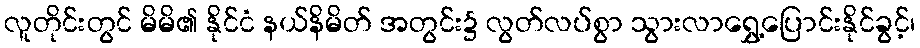
လူတိုင်းတွင် မိမိ၏ နိုင်ငံ နယ်နိမိတ် အတွင်း၌ လွတ်လပ်စွာ သွားလာရွှေ့ပြောင်းနိုင်ခွင့်၊